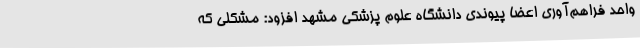
واحد فراهم‌آوری اعضا پیوندی دانشگاه علوم پزشکی مشهد افزود: مشکلی که